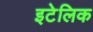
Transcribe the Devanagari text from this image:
इटेलिक